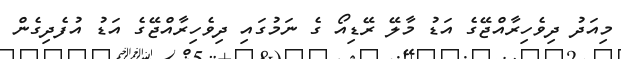
މިއަދު ދިވެހިރާއްޖޭގެ އަޑު މާލޭ ރޭޑިއޯ ގެ ނަމުގައި ދިވެހިރާއްޖޭގެ އަޑު އުފެދިގެން